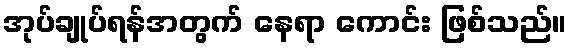
အုပ်ချုပ်ရန်အတွက် နေရာ ကောင်း ဖြစ်သည်။